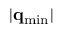
| \mathbf { q } _ { \mathrm { m i n } } |